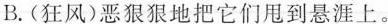
B.(狂风)恶狠狠滴把他们甩到悬崖上。